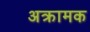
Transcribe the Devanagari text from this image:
अक्रामक